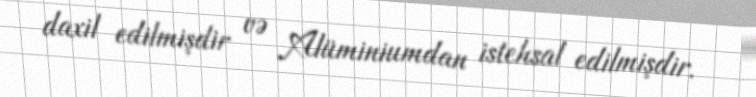
daxil edilmişdir və Alüminiumdan istehsal edilmişdir.